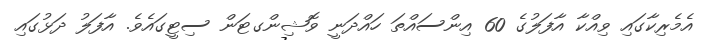
އެމެރިކާގައި ވިއްކާ އާފަލުގެ 60 އިންސައްތަ ހައްދަނީ ވޮޝިންގޓަން ސިޓީގައެވެ. އާފަލު ދަޅުގައި